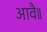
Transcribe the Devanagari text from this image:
आवै॥